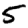
Digit: 5